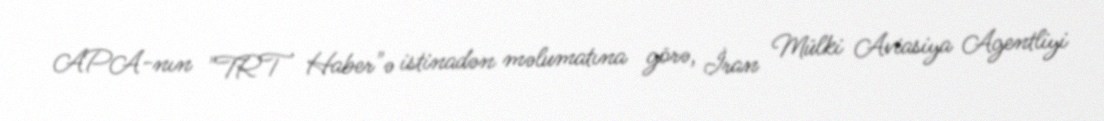
APA-nın "TRT Haber"ə istinadən məlumatına görə, İran Mülki Aviasiya Agentliyi